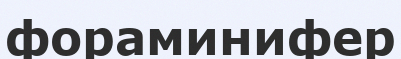
фораминифер